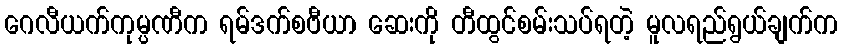
ဂေလီယက်ကုမ္ပဏီက ရမ်ဒက်စဗီယာ ဆေးကို တီထွင်စမ်းသပ်ရတဲ့ မူလရည်ရွယ်ချက်က